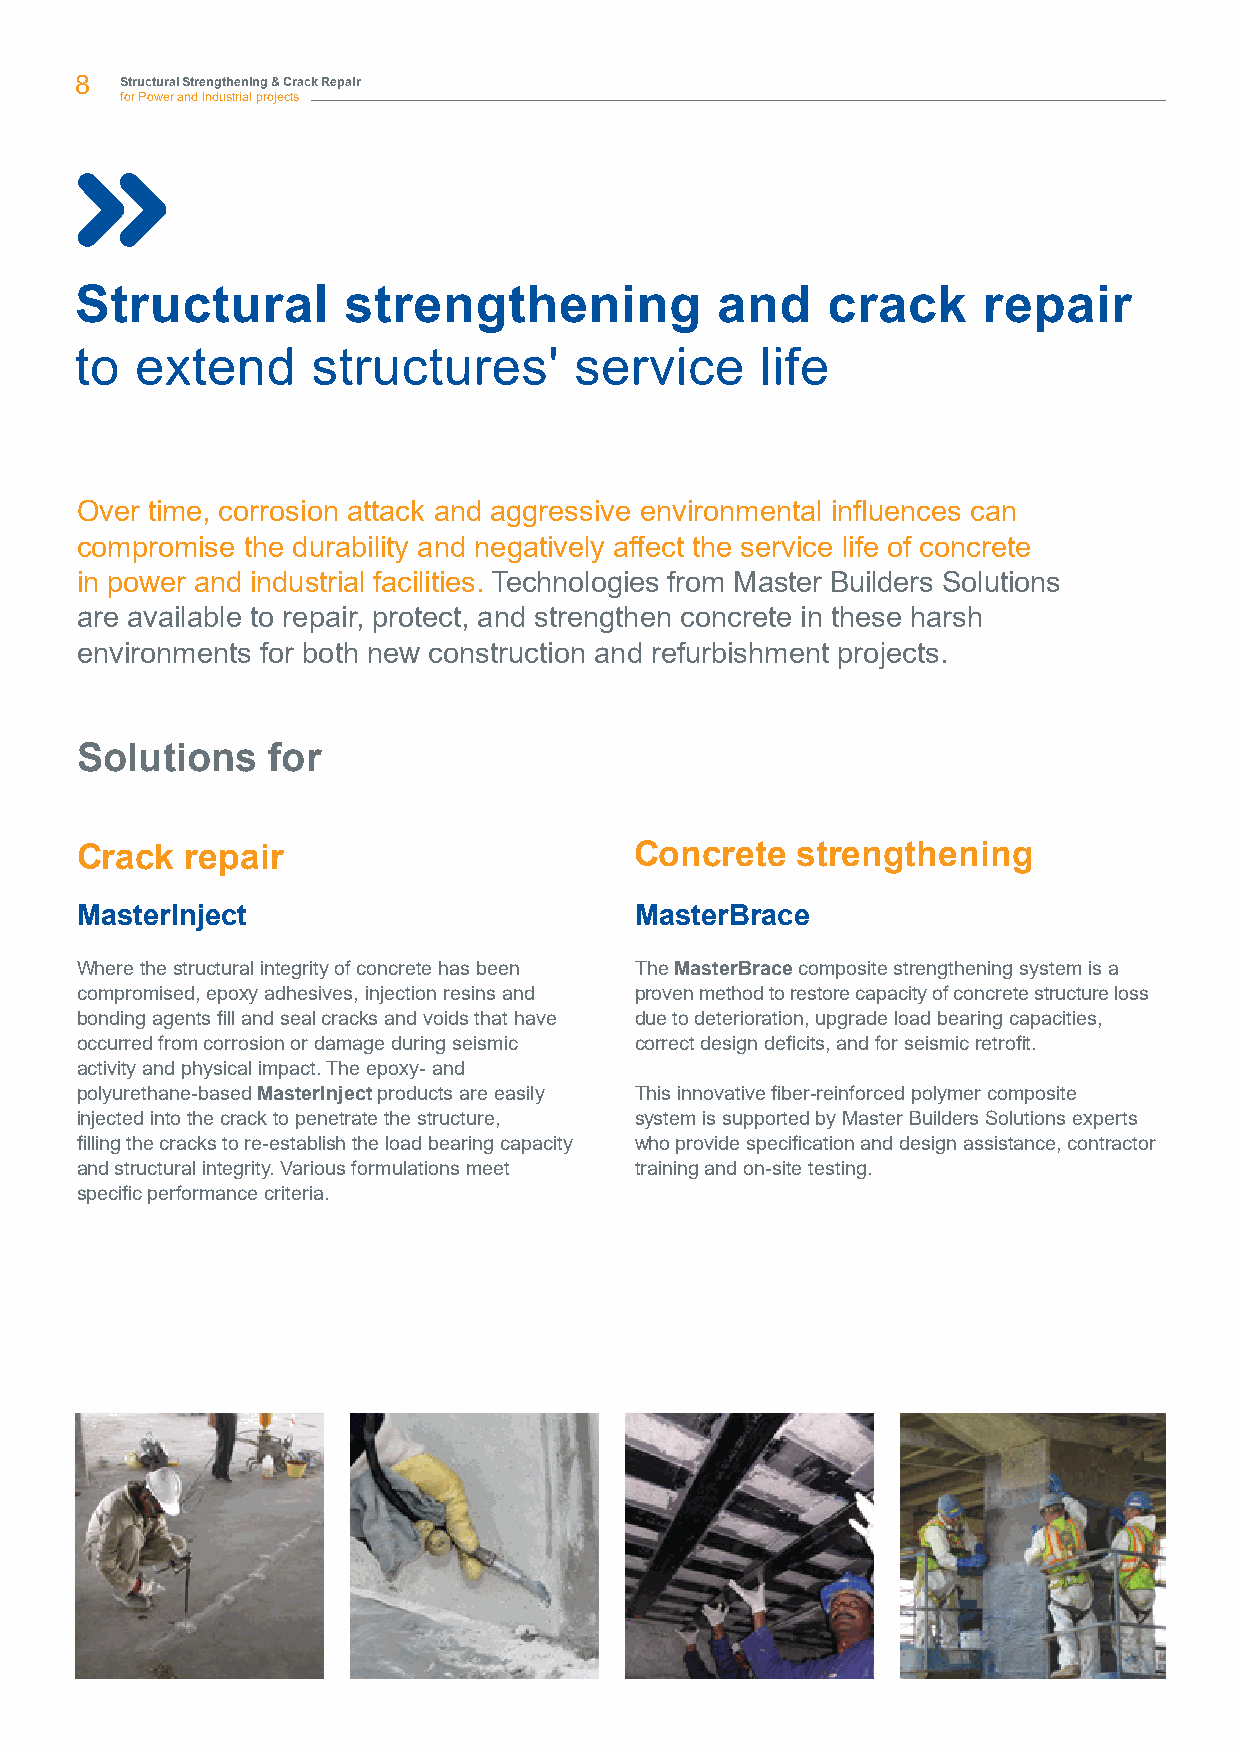
8  Structural Strengthening & Crack Repair
 for Power and Industrial projects
 Structural        strengthening           and     crack     repair
 to  extend      structures'      service     life
 Over time, corrosion attack and aggressive environmental influences can
 compromise the durability and negatively affect the service life of concrete
 in power and industrial facilities. Technologies from Master Builders Solutions
 are available to repair, protect, and strengthen concrete in these harsh
 environments for both new construction and refurbishment projects.
 Solutions    for
 Crack  repair                        Concrete   strengthening
 MasterInject                         MasterBrace
 Where the structural integrity of concrete has been The MasterBrace composite strengthening system is a
 compromised, epoxy adhesives, injection resins and proven method to restore capacity of concrete structure loss
 bonding agents fill and seal cracks and voids that have due to deterioration, upgrade load bearing capacities,
 occurred from corrosion or damage during seismic correct design deficits, and for seismic retrofit.
 activity and physical impact. The epoxy- and
 polyurethane-based MasterInject products are easily This innovative fiber-reinforced polymer composite
 injected into the crack to penetrate the structure, system is supported by Master Builders Solutions experts
 filling the cracks to re-establish the load bearing capacity who provide specification and design assistance, contractor
 and structural integrity. Various formulations meet training and on-site testing.
 specific performance criteria.